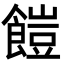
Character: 䭓